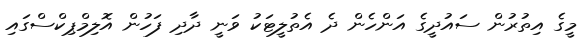
މީގެ އިތުރުން ސައުދީގެ އަންހެން ދެ އެތުލީޓަކު ވަނީ ދާދި ފަހުން އޮލިމްޕިކްސްގައި